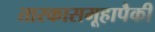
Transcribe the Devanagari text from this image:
तारकासमूहापैकी